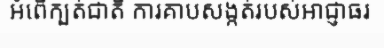
អំពើក្បត់ជាតិ ការគាបសង្កត់របស់អាជ្ញាធរ